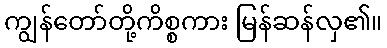
ကျွန်တော်တို့ကိစ္စကား မြန်ဆန်လှ၏။